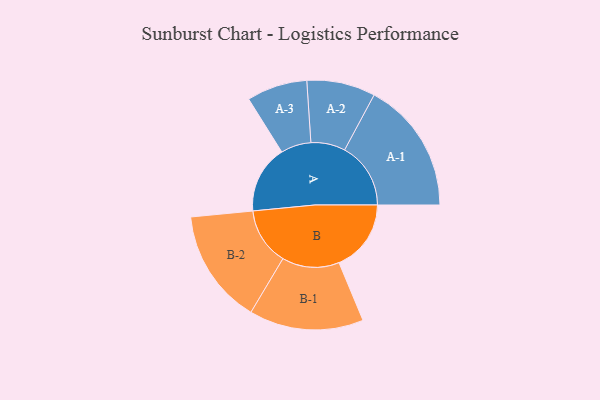
{"axis": {"x": "Segment", "y": "Value"}, "legend": ["", "A", "B"], "data": [{"x": "A", "y": 305, "type": ""}, {"x": "B", "y": 324, "type": ""}, {"x": "A-1", "y": 297, "type": "A"}, {"x": "A-2", "y": 154, "type": "A"}, {"x": "A-3", "y": 136, "type": "A"}, {"x": "B-1", "y": 257, "type": "B"}, {"x": "B-2", "y": 258, "type": "B"}]}